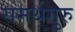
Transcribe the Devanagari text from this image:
समर्थगुरु